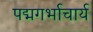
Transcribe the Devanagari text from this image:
पद्मगर्भाचार्य